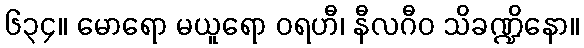
၆၃၄။ မောရော မယူရော ဝရဟီ၊ နီလဂီဝ သိခဏ္ဍိနော။